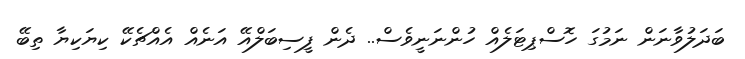
ބަދަލުވާނަން ނަމުގަ ހޮސްޕިޓަލެއް ހުންނަނީވެސް.. ދެން ފީސިބަލްއޭ އަނެއް އެއްޗެކޭ ކިޔަކިޔާ ތިބޭ